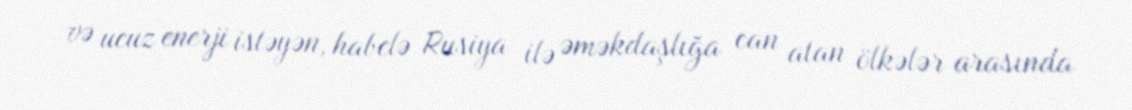
və ucuz enerji istəyən, habelə Rusiya ilə əməkdaşlığa can atan ölkələr arasında